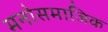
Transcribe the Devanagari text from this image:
मनोसमाजिक